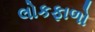
લોકફાળો